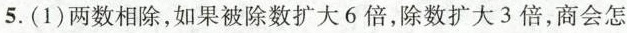
5.(1)两数相除，如果被除数扩大6倍，除数扩大3倍，商会怎